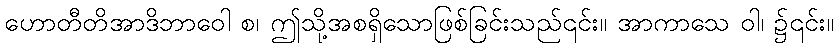
ဟောတီတိအာဒိဘာဝေါ စ၊ ဤသို့အစရှိသောဖြစ်ခြင်းသည်၎င်း။ အာကာသေ ဝါ၊ ၌၎င်း။